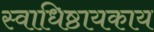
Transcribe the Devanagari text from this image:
स्वाधिष्ठायकाय